Civil Veterinary Department Bengal reports 1923-33 - 1923-1933
Year: 1923
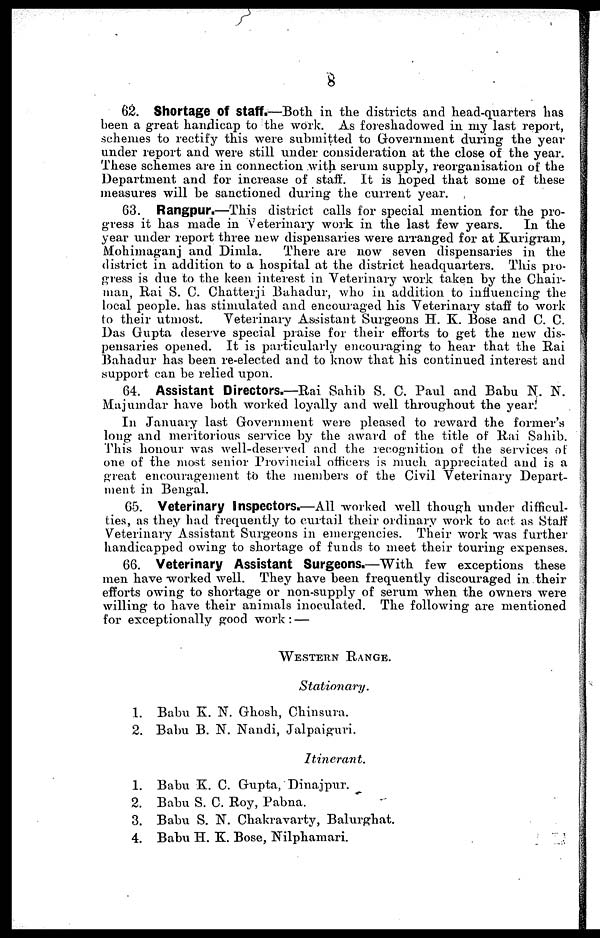
8
62. Shortage Of Staff.—Both in the districts and head-quarters has
been a great handicap to the work. As foreshadowed in my last report,
schemes to rectify this were submitted to Government during the year
under report and were still under consideration at the close of the year.
These schemes are in connection with serum supply, reorganisation of the
Department and for increase of staff. It is hoped that some of these
measures will be sanctioned during the current year.
63. Rangpur.—This district calls for special mention for the pro-
gress it has made in Veterinary work in the last few years.
In the
year under report three new dispensaries were arranged for at Kurigram,
Mohimaganj and Dimla.
There are now seven dispensaries in the
district in addition to a hospital at the district headquarters. This pro-
gress is due to the keen interest in Veterinary work taken by the Chair-
man, Rai S. C. Chatterji Bahadur, who in addition to influencing the
local people has stimulated and encouraged his Veterinary staff to work
to their utmost.
Veterinary Assistant Surgeons H. K. Bose and C. C.
Das Gupta deserve special praise for their efforts to get the new dis-
pensaries opened. It is particularly encouraging to hear that the Rai
Bahadur has been re-elected and to know that his continued interest and
support can be relied upon.
64. Assistant Directors.—Rai Sahib S. C. Paul and Babu N. N.
Majumdar have both worked loyally and well throughout the year.
In January last Government were pleased to reward the former's
long and meritorious service by the award of the title of Rai Sahib.
This honour was well-deserved and the recognition of the services of
one of the most senior Provincial officers is much appreciated and is a
great encouragement to the members of the Civil Veterinary Depart-
ment in Bengal.
65. Veterinary Inspectors.—All worked well though under difficul-
ties, as they had frequently to curtail their ordinary work to act as Staff
Veterinary Assistant Surgeons in emergencies. Their work was further
handicapped owing to shortage of funds to meet their touring expenses.
66. Veterinary Assistant Surgeons.—With few exceptions these
men have worked well. They have been frequently discouraged in their
efforts owing to shortage or non-supply of serum when the owners were
willing to have their animals inoculated. The following are mentioned
for exceptionally good work : —
WESTERN RANGE.
Stationary.
1. Babu K. N. Ghosh, Chinsura.
2. Babu B. N. Nandi, Jalpaiguri.
Itinerant.
1. Babu K. C. Gupta, Dinajpur.
2. Babu S. C. Roy, Pabna.
3. Babu S. N. Chakravarty, Balurghat.
4. Babu H. K. Bose, Nilphamari.